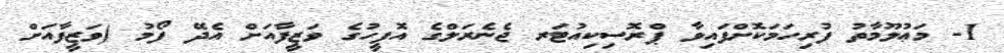
1- މަޢުލޫމާތު ފުރިހަމަކޮށްފައިވާ ޕްރޮސިކިއުޓަރ ޖެނެރަލްގެ އޮފީހުގެ ވަޒީފާއަށް އެދޭ ފޯމު (ވަޒީފާއަށް